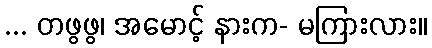
... တဖွဖွ၊ အမောင့် နားက- မကြားလား။